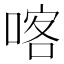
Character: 喀